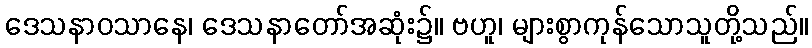
ဒေသနာဝသာနေ၊ ဒေသနာတော်အဆုံး၌။ ဗဟူ၊ များစွာကုန်သောသူတို့သည်။